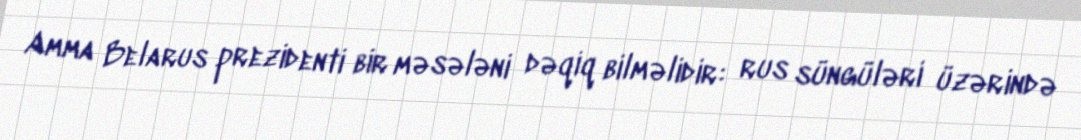
Amma Belarus prezidenti bir məsələni dəqiq bilməlidir: rus süngüləri üzərində